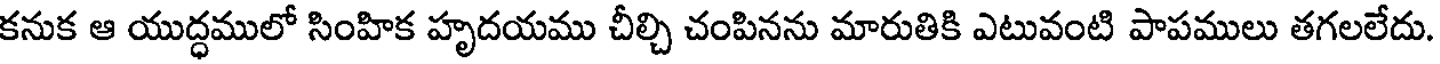
కనుక ఆ యుద్ధములో సింహిక హృదయము చీల్చి చంపినను మారుతికి ఎటువంటి పాపములు తగలలేదు.